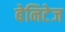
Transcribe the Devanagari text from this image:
बेनिटेज